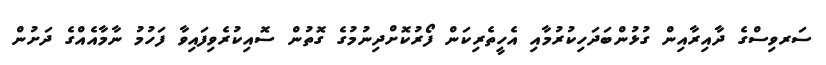
ސަރވިސްގެ ދާއިރާއިން ގުޅުންބަދަހިކުރުމާއި އެހީތެރިކަން ފޯރުކޮށްދިނުމުގެ ގޮތުން ސޮއިކުރެވިފައިވާ ފަހުމު ނާމާއެއްގެ ދަށުން